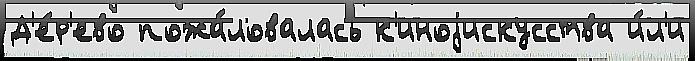
Д'е́р'ево пожа́ловалась к'иноjискусства и́л'и